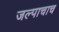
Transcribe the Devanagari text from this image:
जल्पाचाच